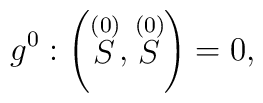
g^{0}:\left( \stackrel{(0)}{S},\stackrel{(0)}{S}\right) =0,